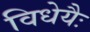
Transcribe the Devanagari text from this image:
विधेयैः